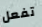
تفعل